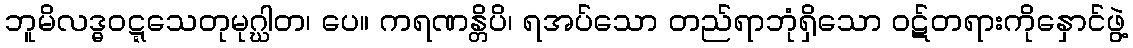
ဘူမိလဒ္ဓဝဋ္ဋသေတုမုဂ္ဃါတ၊ ပေ။ ကရဏန္တိပိ၊ ရအပ်သော တည်ရာဘုံရှိသော ဝဋ်တရားကိုနှောင်ဖွဲ့